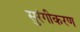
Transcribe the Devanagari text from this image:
सुरंगीकरण